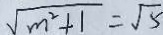
\sqrt { m ^ { 2 } + 1 } = \sqrt { 5 }